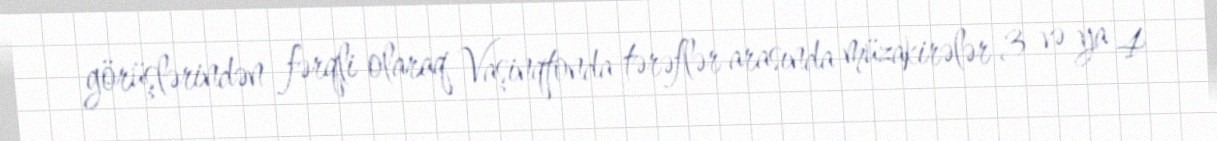
görüşlərindən fərqli olaraq Vaşinqtonda tərəflər arasında müzakirələr 3 və ya 4